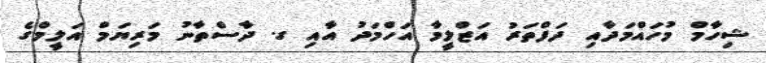
ޝިހާމް މުހައްމަދާއި ދަފްތަރު އަޒްލީމާ އަހްމަދު އާއި ގ. ދާސްތާނު މަރިޔަމް އަލީމްގެ